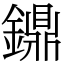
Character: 鐤